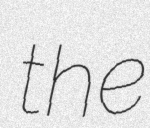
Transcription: the